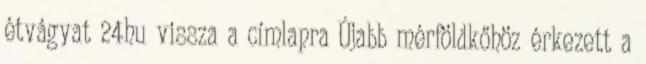
étvágyat 24hu vissza a címlapra Újabb mérföldkőhöz érkezett a